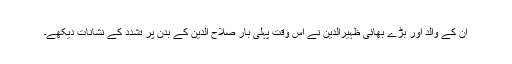
ان کے والد اور بڑے بھائی ظہیرالدین نے اس وقت پہلی بار صلاح الدین کے بدن پر تشدد کے نشانات دیکھے۔